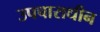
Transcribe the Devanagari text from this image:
उपचाराधीन